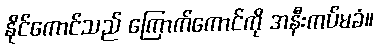
နိုင်ကောင်သည် ကြောက်ကောင်ကို အနီးကပ်မခံ။